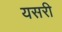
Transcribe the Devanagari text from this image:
यसरी